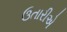
ઉતારીએ